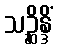
သဉ္ဆိန္ဒိံ